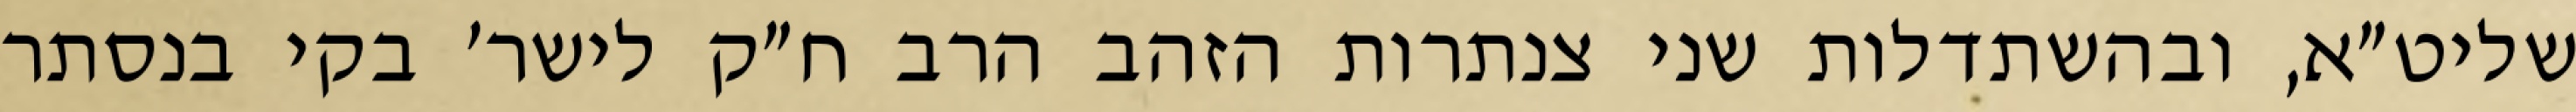
שליט״א, ובהשתדלות שני צנתרות הזהב הרב ח״ק לישר׳ בקי בנסתר